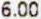
6.00